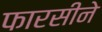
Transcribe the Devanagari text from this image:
फारसीने